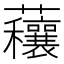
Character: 𧅼